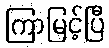
ကြာမြင့်ပြီ